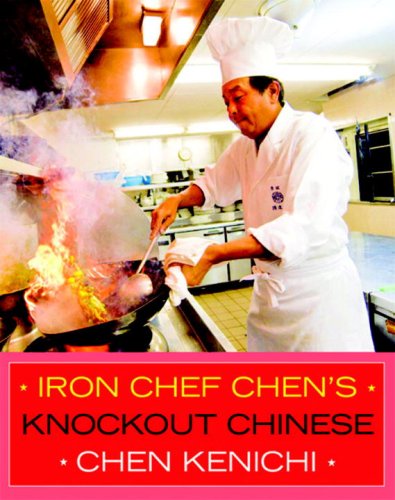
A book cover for Iron Chef Chen's Knockout Chinese; Chen Kenichi; Cookbooks, Food & Wine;